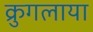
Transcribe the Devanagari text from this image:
क्रुगलाया